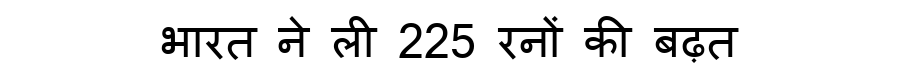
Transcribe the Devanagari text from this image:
भारत ने ली 225 रनों की बढ़त